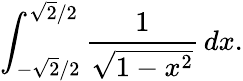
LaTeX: \int_{-{\sqrt{2}}/2}^{{\sqrt{2}}/2}{\frac{1}{\sqrt{1-x^{2}}}}\, dx.